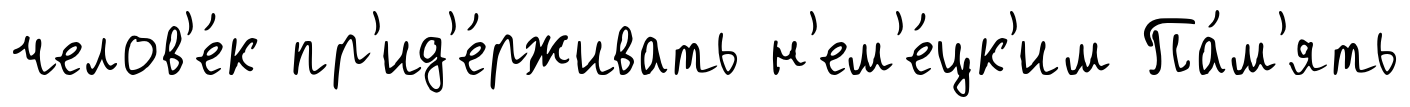
челов'е́к пр'ид'е́рживать н'ем'е́цк'им Па́м'ять